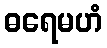
ဓရေမဟံ